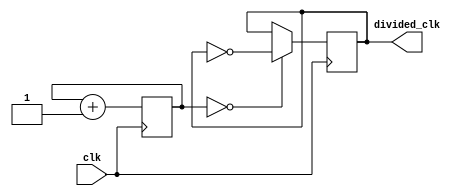
module Johnson_Counter_Clock_Divider (
    input wire clk,
    output reg divided_clk
);

reg [2:0] count_reg;

always @(posedge clk) begin
    // Johnson counter implementation
    count_reg <= count_reg + 1;
    
    // Determine division factor
    if (count_reg == 3'b000) begin
        divided_clk <= ~divided_clk;
    end
end

endmodule